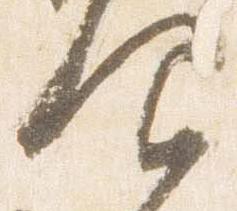
仰